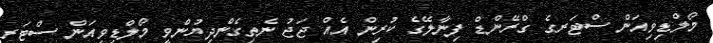
މޯލްޑިވިއަން ސްޓަރގެ ގްރޭންޑް ފިނާލޭގެ ކުރިން އެއް ޖަޖު ނެތިގެންދިޔުންވީ މޯލްޑިވިއަން ސްޓަރ